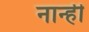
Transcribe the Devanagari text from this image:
नान्ही